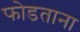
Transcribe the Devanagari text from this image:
फोडताना